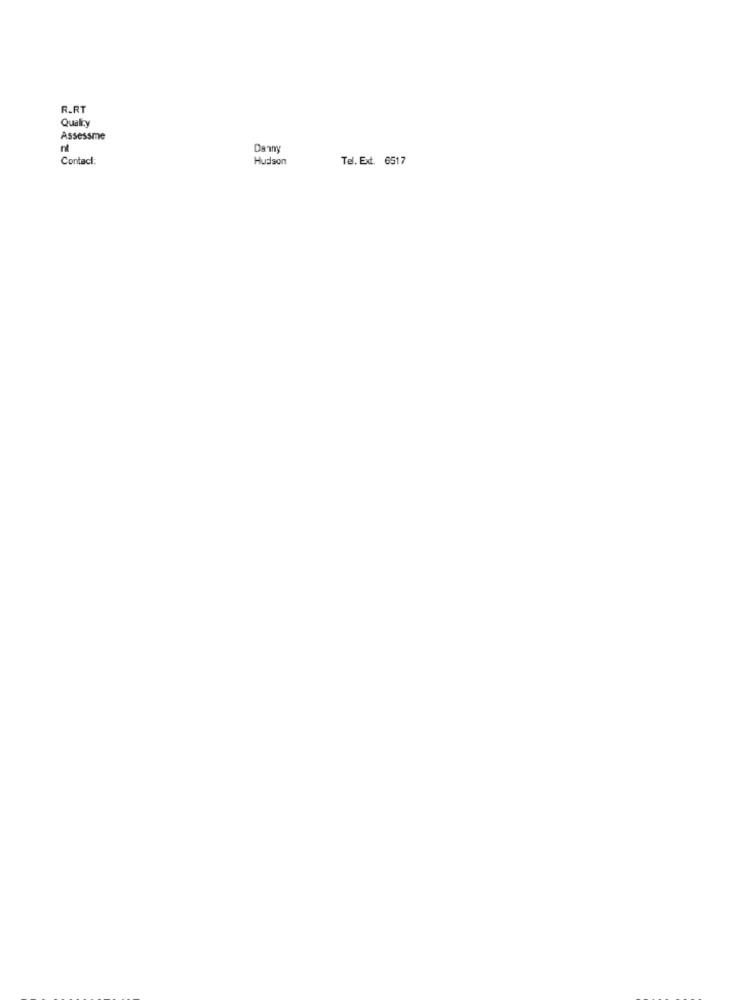
R_RT
Qualry
Assessme
Danny
Contact:
Hudson
Tel. Ext. 6517